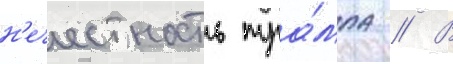
н'ечестность тра́мпа // В